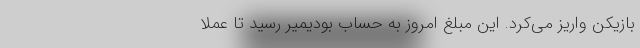
بازیکن واریز می‌کرد. این مبلغ امروز به حساب بودیمیر رسید تا عملا